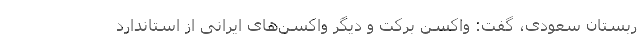
ربستان سعودی، گفت: واکسن برکت و دیگر واکسن‌های ایرانی از استاندارد